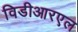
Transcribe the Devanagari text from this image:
विडीआरएल